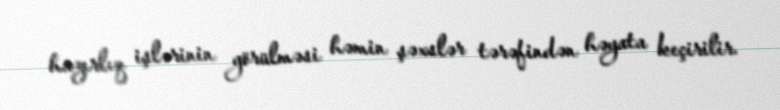
hazırlıq işlərinin görülməsi həmin şəxslər tərəfindən həyata keçirilir.